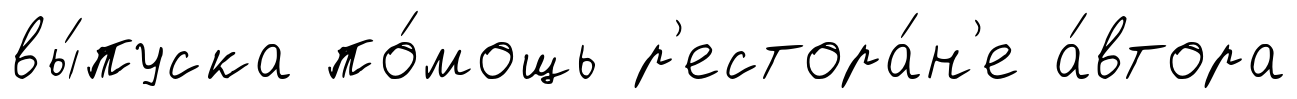
вы́пуска по́мощь р'естора́н'е а́втора